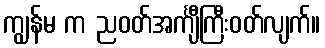
ကျွန်မ က ညဝတ်အင်္ကျီကြီးဝတ်လျက်။